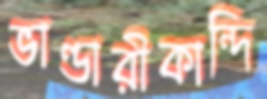
ভাণ্ডারীকান্দি